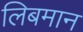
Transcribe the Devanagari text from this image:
लिबमान